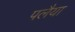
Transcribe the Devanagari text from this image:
पलैया